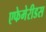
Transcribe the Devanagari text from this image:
एफेमेरीडस